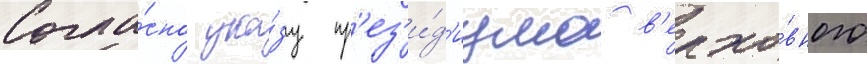
Согла́сно ука́зу пр'ез'и́д'иума в'ерхо́вного